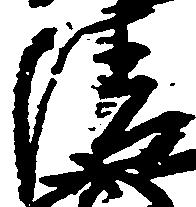
清